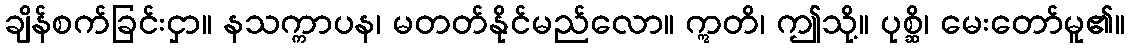
ချိန်စက်ခြင်းငှာ။ နသက္ကာပန၊ မတတ်နိုင်မည်လော။ ဣတိ၊ ဤသို့။ ပုစ္ဆိ၊ မေးတော်မူ၏။